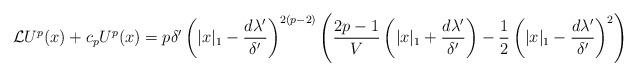
LaTeX: \begin{align*} {\cal L}U^p(x) + c_pU^p(x)&= p\delta' \left(|x|_1 - \frac{d\lambda'}{\delta'}\right)^{2(p-2)} \left( \frac{2p-1}{V}\left(|x|_1 + \frac{d\lambda'}{\delta'}\right) - \frac{1}{2}\left(|x|_1 - \frac{d\lambda'}{\delta'}\right)^2\right) \end{align*}